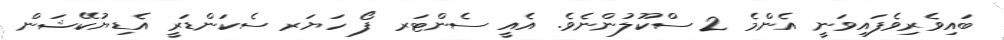
ބައިވެރިވެފައިވަނީ އެންމެ 2 ސްކޫލުންނެވެ. އެއީ ސެންޓަރ ފޯ ހަޔަރ ސެކަންޑަރީ އެޑިޔުކޭޝަން